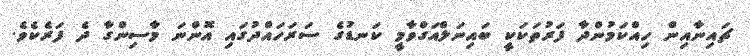
ޗައިނާއިން ހިއްކަމުންދާ ފަރުތަކަކީ ބައިނަލްއަގްވާމީ ކަނޑުގެ ސަރަހައްދުގައި އޮންނަ މާސިންގާ ދެ ފަރެކެވެ.